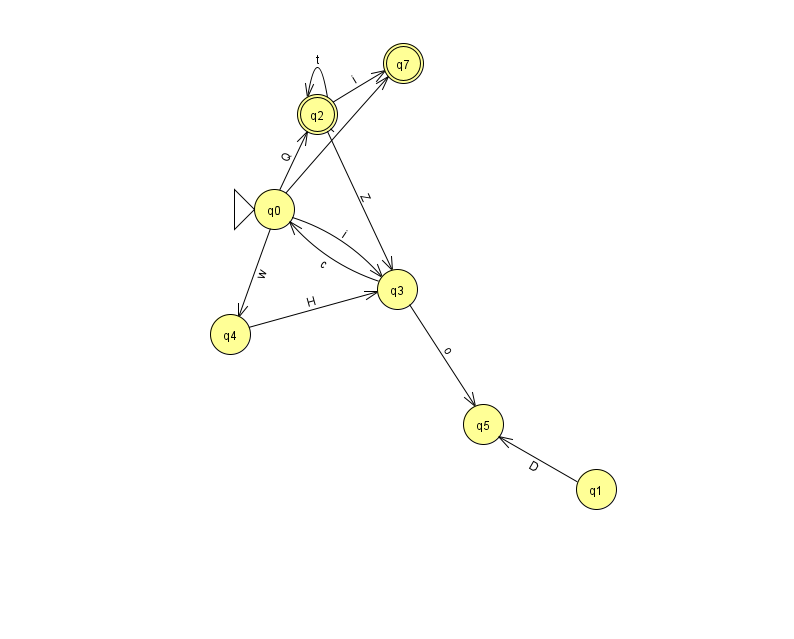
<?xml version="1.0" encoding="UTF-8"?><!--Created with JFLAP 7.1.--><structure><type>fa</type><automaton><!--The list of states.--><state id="0" name="q0"><x>274.0</x><y>196.0</y><initial/></state><state id="1" name="q1"><x>596.0</x><y>476.0</y></state><state id="2" name="q2"><x>317.0</x><y>101.0</y><final/></state><state id="3" name="q3"><x>397.0</x><y>276.0</y></state><state id="4" name="q4"><x>230.0</x><y>321.0</y></state><state id="5" name="q5"><x>483.0</x><y>411.0</y></state><state id="7" name="q7"><x>403.0</x><y>50.0</y><final/></state><!--The list of transitions.--><transition><from>0</from><to>2</to><read>Q</read></transition><transition><from>0</from><to>7</to><read>i</read></transition><transition><from>2</from><to>2</to><read>t</read></transition><transition><from>0</from><to>4</to><read>w</read></transition><transition><from>1</from><to>5</to><read>D</read></transition><transition><from>0</from><to>3</to><read>i</read></transition><transition><from>2</from><to>3</to><read>Z</read></transition><transition><from>2</from><to>7</to><read>i</read></transition><transition><from>4</from><to>3</to><read>H</read></transition><transition><from>3</from><to>0</to><read>c</read></transition><transition><from>3</from><to>5</to><read>o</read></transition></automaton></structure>